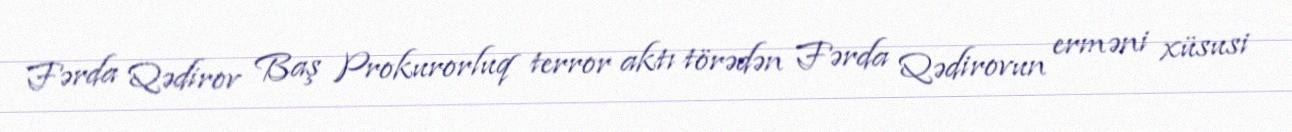
Fərda Qədirov Baş Prokurorluq terror aktı törədən Fərda Qədirovun erməni xüsusi